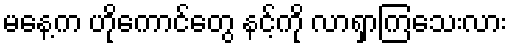
မနေ့က ဟိုကောင်တွေ နင့်ကို လာရှာကြသေးလား